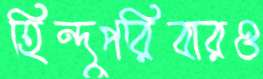
হিন্দুপরিবারও